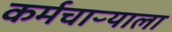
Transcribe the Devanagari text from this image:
कर्मचाऱ्याला